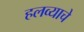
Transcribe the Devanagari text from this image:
हलव्याचे